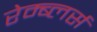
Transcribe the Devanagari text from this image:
रेम्ब्लर्स